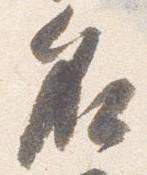
名